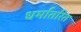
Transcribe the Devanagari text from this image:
धर्मातरित